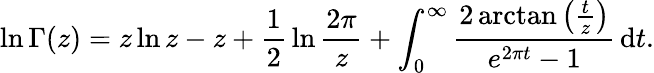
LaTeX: \ln\Gamma(z)=z\ln z-z+{\frac{1}{2}}\ln{\frac{2\pi}{z}}+\int_{0}^{\infty}{\frac{2\arctan\left({\frac{t}{z}}\right)}{e^{2\pi t}-1}}\, \mathrm{{d}}t.